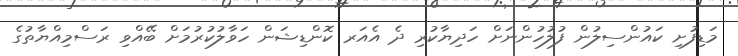
މަޑިފުށި ކައުންސިލުން ފުލުހުންނަށް ހަދިޔާކުރި ދެ އެއަރ ކޮންޑިޝަން ހަވާލުކުރުމަށް ބޭއްވި ރަސްމިއްޔާތުގެ